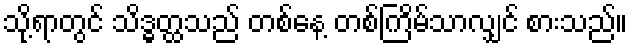
သို့ရာတွင် သိဒ္ဓတ္ထသည် တစ်နေ့ တစ်ကြိမ်သာလျှင် စားသည်။